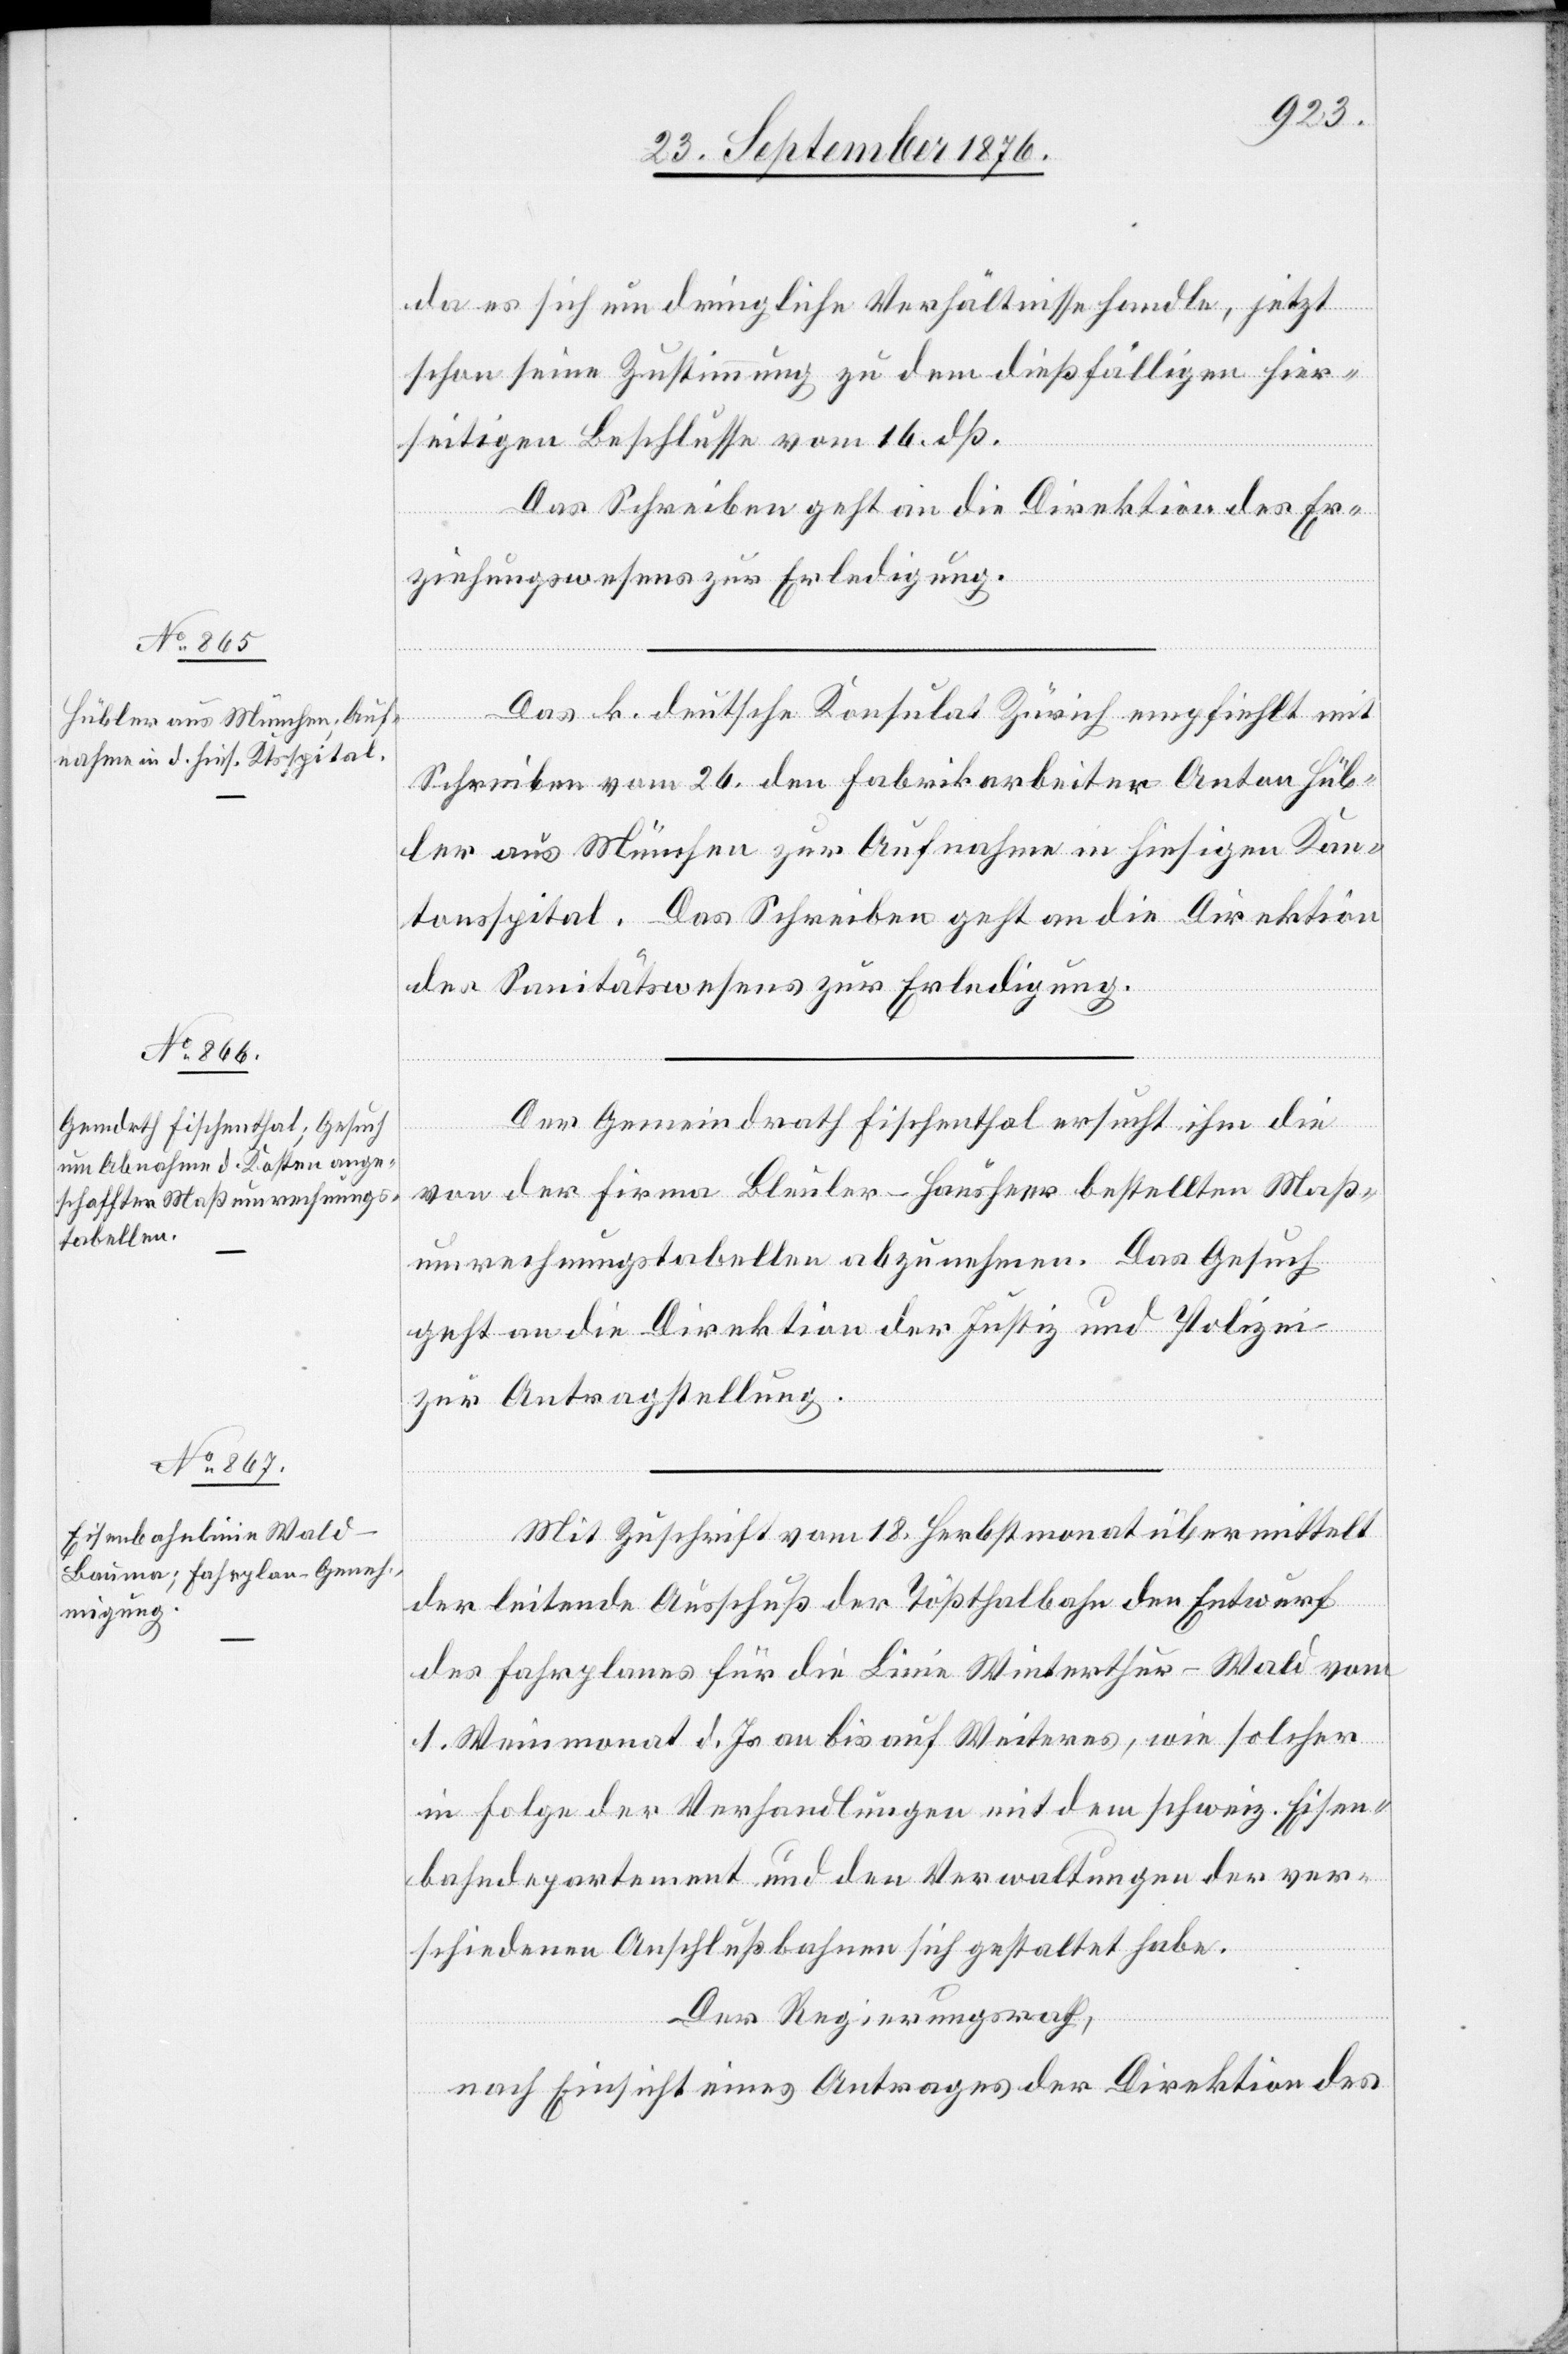
27. September 1876.]
Das k. deutsche Konsulat Zürich empfiehlt mit
Schreiben vom 26. den Fabrikarbeiter Anton Hüb¬
ler aus München zur Aufnahme in hiesigen Kan¬
tonsspital. Das Schreiben geht an die Direktion
des Sanitätswesens zur Erledigung.
Der Gemeindrath Fischenthal ersucht[,] ihm die
von der Firma Bleuler-Hausheer bestellten Maß¬
umrechnungstabellen abzunehmen. Das Gesuch
geht an die Direktion der Justiz und Polizei
zur Antragstellung.
Mit Zuschrift vom 18. Herbstmonat übermittelt
der leitende Ausschuß der Tößthalbahn den Entwurf
des Fahrplanes für die Linie Winterthur–Wald vom
1. Weinmonat d. Js. an bis auf Weiteres, wie solcher
in Folge der Verhandlungen mit dem schweiz. Eisen¬
bahndepartement und den Verwaltungen der ver¬
schiedenen Anschlußbahnen sich gestaltet habe.
Der Regierungsrath,
nach Einsicht eines Antrages der Direktion des